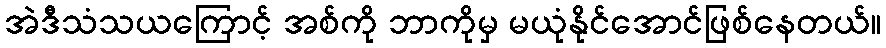
အဲဒီသံသယကြောင့် အစ်ကို ဘာကိုမှ မယုံနိုင်အောင်ဖြစ်နေတယ်။